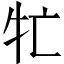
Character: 牤